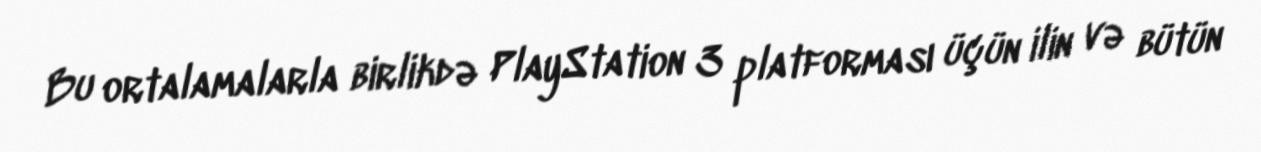
Bu ortalamalarla birlikdə PlayStation 3 platforması üçün ilin və bütün